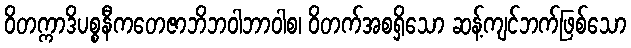
ဝိတက္ကာဒိပစ္စနီကတေဇာဘိဘဝါဘာဝါစ၊ ဝိတက်အစရှိသော ဆန့်ကျင်ဘက်ဖြစ်သော